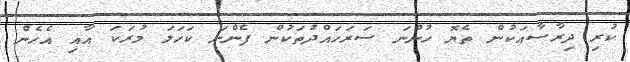
ކުރި ދިރާސާއަކުން ތެޔޮ ހުންނަ ސަރަހައްދުތަކުން ފެންނަ ކަހަލަ މުރަކަ އާއި އެހެން